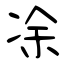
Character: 凃